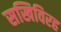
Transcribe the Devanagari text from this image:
सखिविरह